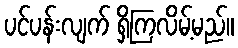
ပင်ပန်းလျက် ရှိကြလိမ့်မည်။